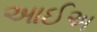
આઈઅ